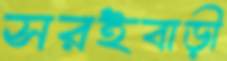
সরইবাড়ী